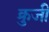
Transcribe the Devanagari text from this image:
क्रुजी